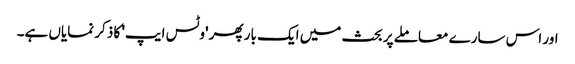
اور اس سارے معاملے پر بحث میں ایک بار پھر 'وٹس ایپ' کا ذکر نمایاں ہے۔